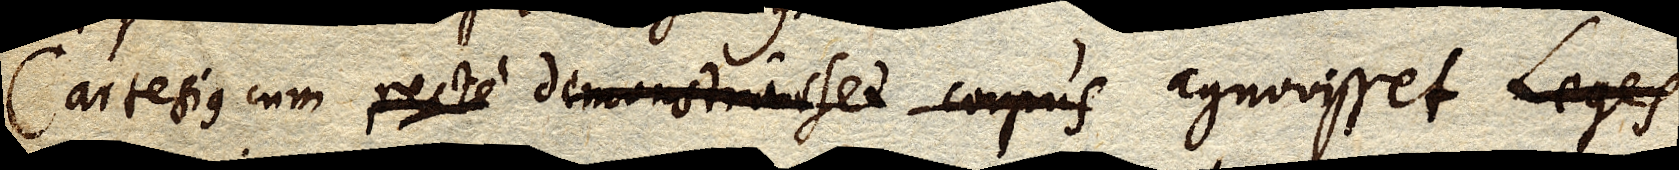
Cartesius cum recte demonstrasset corpus agnovisset Leges